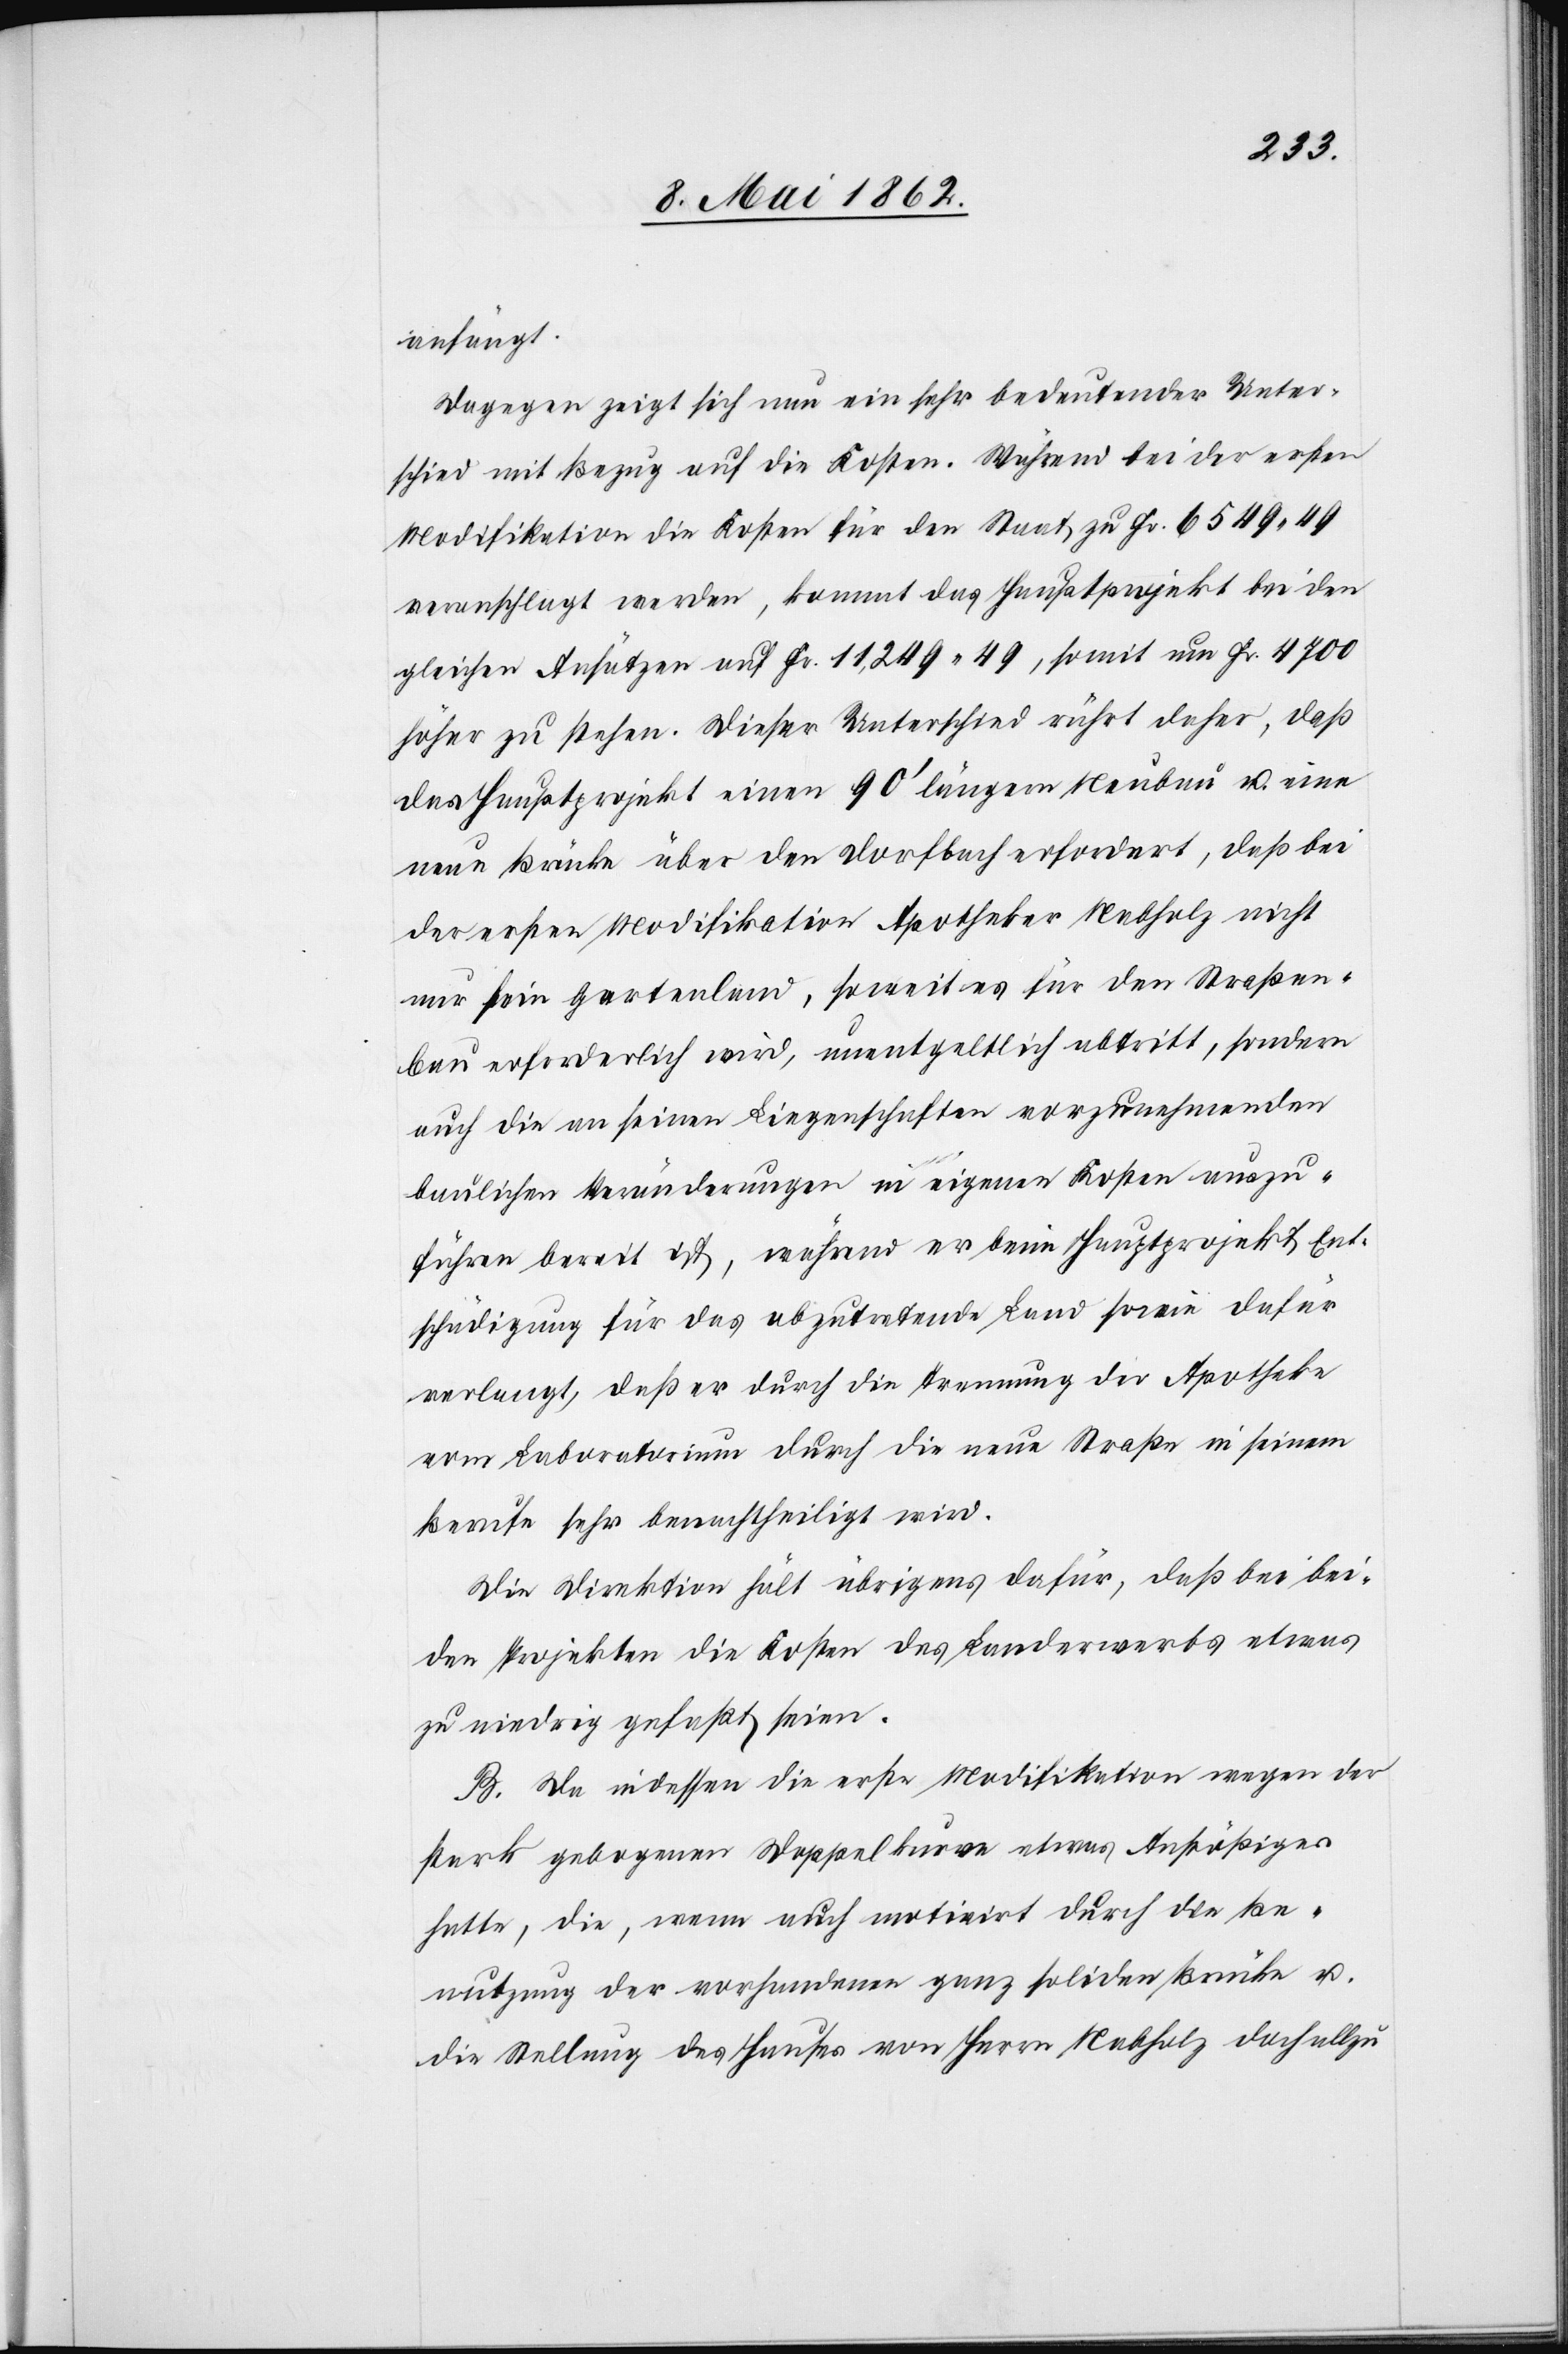
anfängt.
Dagegen zeigt sich nun ein sehr bedeutender Unter¬
schied mit Bezug auf die Kosten. Während bei der ersten
Modifikation die Kosten für den Staat zu Fr. 6549 49
veranschlagt werden, kommt das Hauptprojekt bei den
gleichen Ansätzen auf Fr. 11,249 49, somit um Fr. 4700
höher zu stehen. Dieser Unterschied rührt daher, daß
das Hauptprojekt einen 90’ längerm Neubau u. eine
neue Brücke über den Dorfbach erfordert, daß bei
der ersten Modifikation Apotheker Nabholz nicht
nur sein Gartenland, soweit es für den Straßen¬
bau erforderlich wird, unentgeltlich abtritt, sondern
auch die an seinen Liegenschafen vorzunehmenden
baulichen Veränderungen in eigenen Kosten auszu¬
führen bereit ist, während er beim Hauptprojekt Ent¬
schädigung für das abzutretende Land sowie dafür
verlangt, daß er durch die Trennung der Apotheke
vom Laboratorium durch die neue Straße in seinem
Berufe sehr benachtheiligt wird.
Die Direktion hält übrigens dafür, daß bei¬
den Projekten die Kosten des Landerwerbs etwas
zu niedrig gefaßt seien.
B. Da indessen die erste Modifikation wegen der
stark gebogenen Doppelkurve etwas Anstößiges
hatte, die, wenn auch motivirt durch die Be¬
nutzung der vorhandenen ganz soliden Brücke u.
die Stellung des Hauses von Herrn Nabholz doch allzu